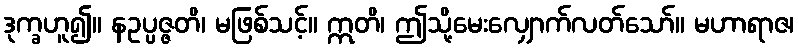
ဒုက္ခဟူ၍။ နဥပ္ပဇ္ဇတိ၊ မဖြစ်သင့်။ ဣတိ၊ ဤသို့မေးလျှောက်လတ်သော်။ မဟာရာဇ၊